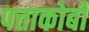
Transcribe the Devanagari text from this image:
पत्ताकोबी